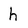
Character: h